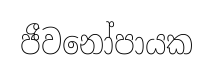
ජීවනෝපායක